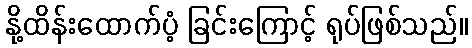
နို့ထိန်းထောက်ပံ့ ခြင်းကြောင့် ရုပ်ဖြစ်သည်။